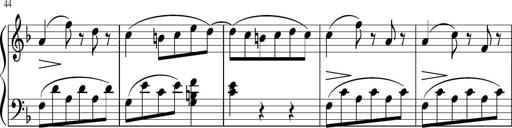
Title: 3 Sonatinen
Composer: Heinrich Lichner